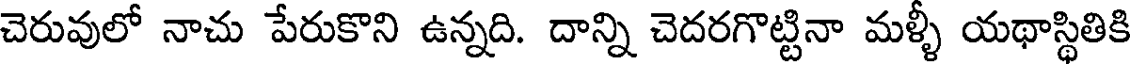
చెరువులో నాచు పేరుకొని ఉన్నది. దాన్ని చెదరగొట్టినా మళ్ళీ యథాస్థితికి